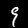
Label: 9